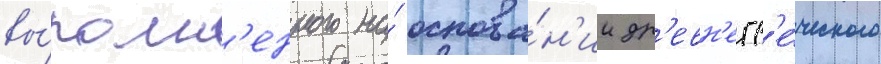
вы́полн'енного на́ основа́н'ии др'евн'егр'е́ческого